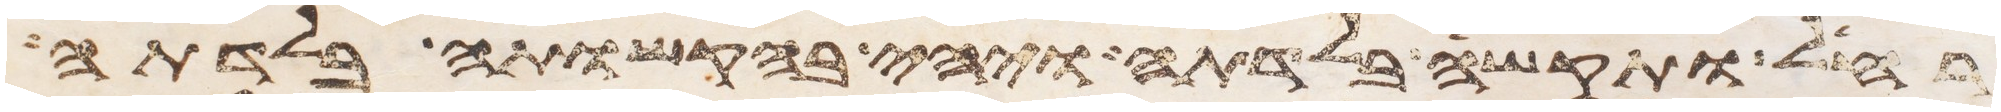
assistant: רחל ותקש בלדתה ויהי בהקשותה בלדתה